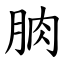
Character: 朒